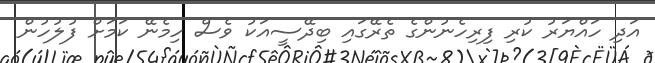
އަދި ހައްޔަރު ކުރި ފިރިހެނުންގެ ތެރޭގައި ބިދޭސީއަކު ވެސް ހިމެނޭ ކަމަށް ފުލުހުން